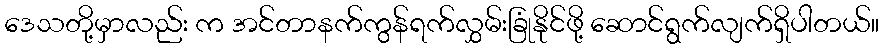
ဒေသတို့မှာလည်း က အင်တာနက်ကွန်ရက်လွှမ်းခြုံနိုင်ဖို့ ဆောင်ရွက်လျက်ရှိပါတယ်။